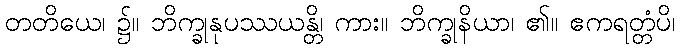
တတိယေ၊ ၌။ ဘိက္ခုနုပဿယန္တိ၊ ကား။ ဘိက္ခုနိယာ၊ ၏။ ဧကရတ္တံပိ၊